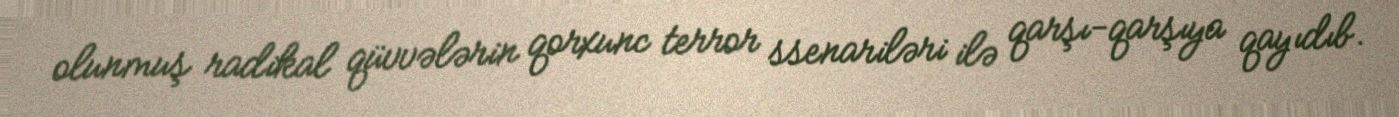
olunmuş radikal qüvvələrin qorxunc terror ssenariləri ilə qarşı-qarşıya qayıdıb.